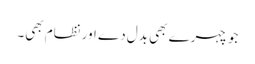
جو چہرے بھی بدل دے اور نظام بھی۔